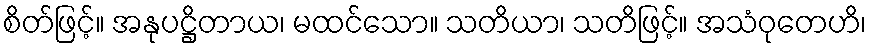
စိတ်ဖြင့်။ အနုပဋ္ဌိတာယ၊ မထင်သော။ သတိယာ၊ သတိဖြင့်။ အသံဝုတေဟိ၊